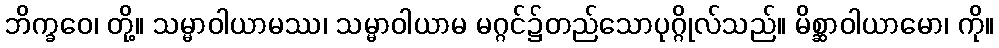
ဘိက္ခဝေ၊ တို့။ သမ္မာဝါယာမဿ၊ သမ္မာဝါယာမ မဂ္ဂင်၌တည်သောပုဂ္ဂိုလ်သည်။ မိစ္ဆာဝါယာမော၊ ကို။